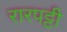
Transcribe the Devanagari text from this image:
रारपट्टी